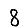
Digit: 8